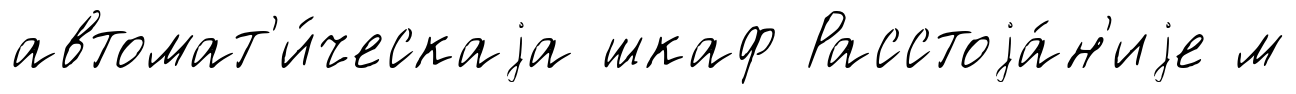
автомат'и́ческаjа шкаф Расстоjа́н'иjе м